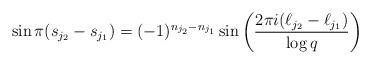
LaTeX: \begin{align*}\sin\pi (s_{j_2}-s_{j_1})=(-1)^{n_{j_2}-n_{j_1}}\sin\left(\frac{2\pi i (\ell_{j_2}-\ell_{j_1})}{\log q}\right)\end{align*}